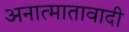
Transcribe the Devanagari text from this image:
अनात्मातावादी